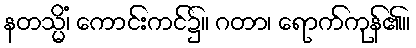
နတသ္မိံ၊ ကောင်းကင်၌။ ဂတာ၊ ရောက်ကုန်၏။